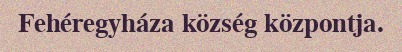
Fehéregyháza község központja.